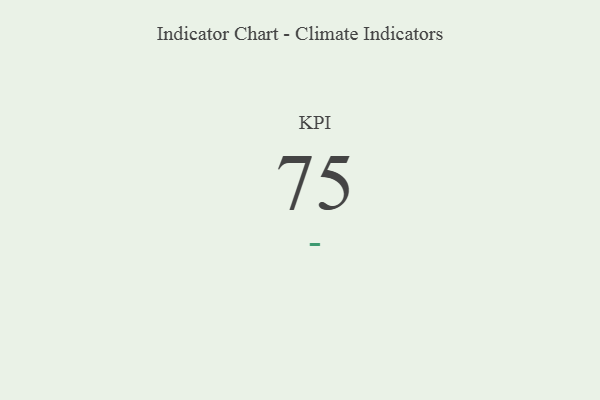
{"axis": {"x": "KPI", "y": "Value"}, "legend": [""], "data": [{"x": "KPI", "y": 75, "type": ""}]}